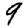
Digit: 9